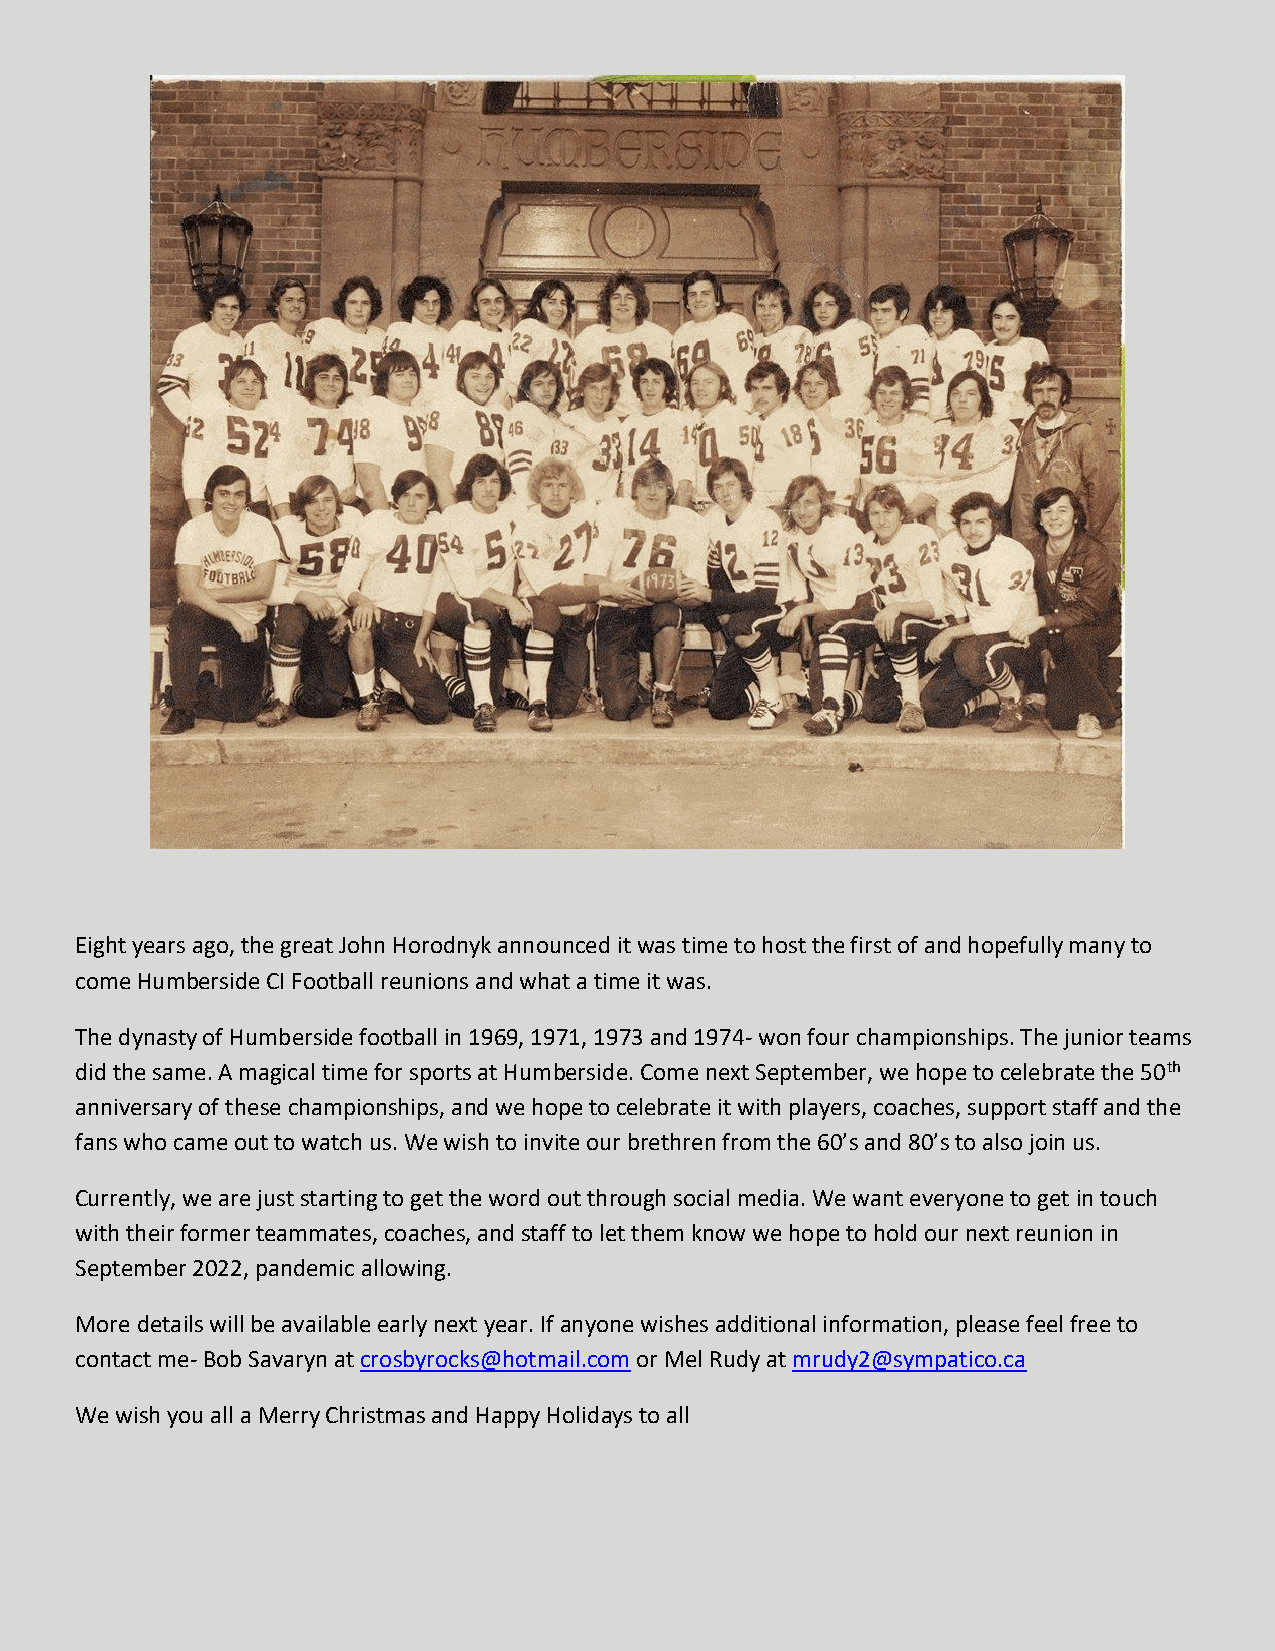
Eight years ago, the great John Horodnyk announced it was time to host the first of and hopefully many to
 come Humberside CI Football reunions and what a time it was.
 The dynasty of Humberside football in 1969, 1971, 1973 and 1974- won four championships. The junior teams
 did the same. A magical time for sports at Humberside. Come next September, we hope to celebrate the 50th
 anniversary of these championships, and we hope to celebrate it with players, coaches, support staff and the
 fans who came out to watch us. We wish to invite our brethren from the 60’s and 80’s to also join us.
 Currently, we are just starting to get the word out through social media. We want everyone to get in touch
 with their former teammates, coaches, and staff to let them know we hope to hold our next reunion in
 September 2022, pandemic allowing.
 More details will be available early next year. If anyone wishes additional information, please feel free to
 contact me- Bob Savaryn at crosbyrocks@hotmail.com or Mel Rudy at mrudy2@sympatico.ca
 We wish you all a Merry Christmas and Happy Holidays to all